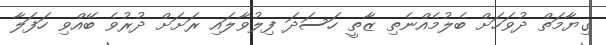
ގިޔާމަތް ދުވަހަށް ބެލުމެއްނެތި ޒާތީ ހަސަދަ ފިލުވާލައި ރަށަށް ދުރުވެ ބޭއްވި ހަފަލާ